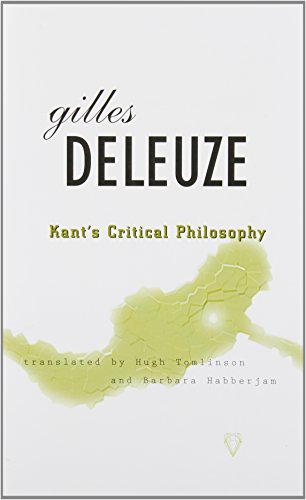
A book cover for KantEEs Critical Philosophy: The Doctrine of the Faculties; Gilles Deleuze; Politics & Social Sciences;